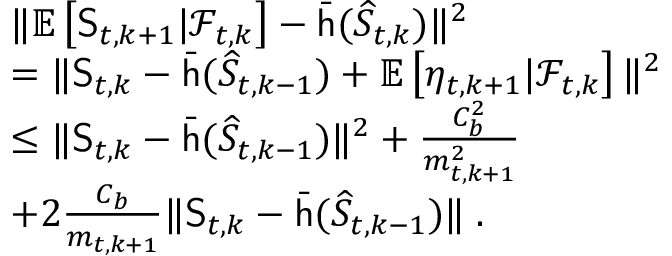
\begin{array} { r l } & { \| \mathbb { E } \left[ \mathsf { S } _ { t , k + 1 } \vert \mathcal { F } _ { t , k } \right] - \bar { \mathsf { h } } ( \widehat { S } _ { t , k } ) \| ^ { 2 } } \\ & { = \| \mathsf { S } _ { t , k } - \bar { \mathsf { h } } ( \widehat { S } _ { t , k - 1 } ) + \mathbb { E } \left[ \eta _ { t , k + 1 } \vert \mathcal { F } _ { t , k } \right] \| ^ { 2 } } \\ & { \leq \| \mathsf { S } _ { t , k } - \bar { \mathsf { h } } ( \widehat { S } _ { t , k - 1 } ) \| ^ { 2 } + \frac { C _ { b } ^ { 2 } } { m _ { t , k + 1 } ^ { 2 } } } \\ & { + 2 \frac { C _ { b } } { m _ { t , k + 1 } } \| \mathsf { S } _ { t , k } - \bar { \mathsf { h } } ( \widehat { S } _ { t , k - 1 } ) \| \; . } \end{array}